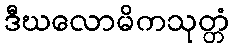
ဒီဃလောမိကသုတ္တံ